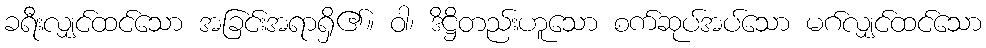
ခရီးလျှင်ထင်သော အခြင်းအရာရှိ၏။ ဝါ၊ ဒိဋ္ဌိတည်းဟူသော စက်ဆုပ်အပ်သော မဂ်လျှင်ထင်သော